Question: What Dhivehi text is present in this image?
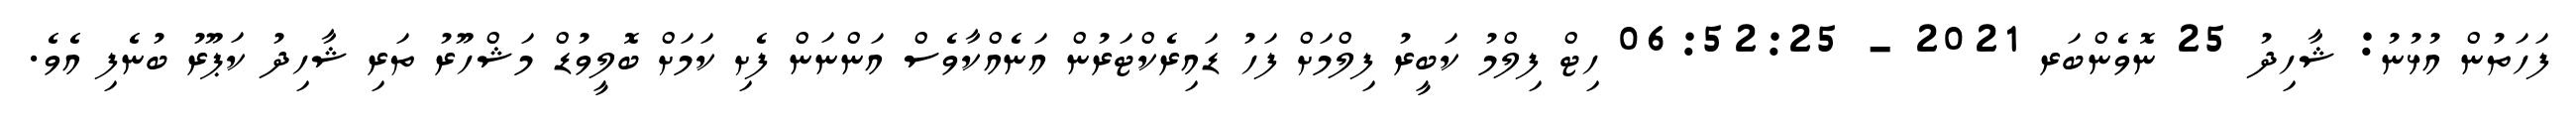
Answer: ފަހަތުން އުޅުނު: ޝާހިދު 25 ނޮވެންބަރ 2021 - 06:52:25 ހިޓް ފިލްމު ކަބީރު ފިލްމަށް ފަހު ޑައިރެކްޓަރުން އަނެއްކާވެސް އަންނަން ފެށި ކަމަށް ބޮލީވުޑް މަޝްހޫރު ތަރި ޝާހިދު ކަޕޫރު ބުނެފި އެވެ.